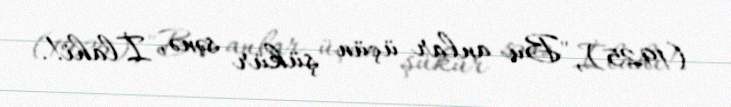
(1925), "Bu anlar üçün şükür sənə, İlahi!.